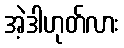
အဲ့ဒါဟုတ်လား